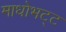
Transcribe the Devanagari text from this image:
माधोभट्ट